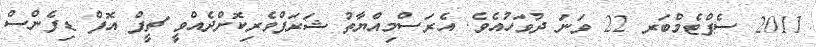
2011 ސެޕްޓެމްބަރ 22 ވަނަ ދުވަހުއެވެ. އެރަސްމިއްޔާތު ޝަރަފްވެރިކޮށްދެއްވީ ޗީފް އޮފް ޑިފެންސް